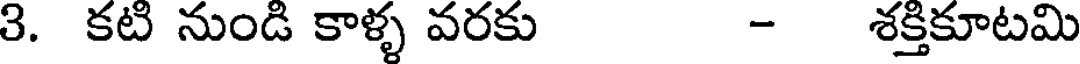
3. కటి నుండి కాళ్ళ వరకు - శక్తికూటమి